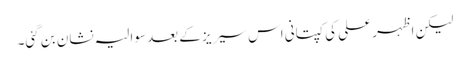
لیکن اظہر علی کی کپتانی اس سیریز کے بعد سوالیہ نشان بن گئی۔